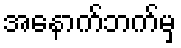
အနောက်ဘက်မှ